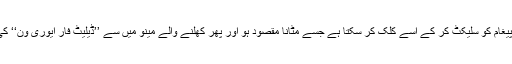
ایسی صورت میں صارفین اس پیغام کو سلیکٹ کر کے اسے کلک کر سکتا ہے جسے مٹانا مقصود ہو اور پھر کھلنے والے مینو میں سے ’’ڈیلیٹ فار ایوری ون‘‘ کی آپشن کا استعمال کر سکتا ہے۔